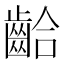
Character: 𪘁